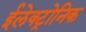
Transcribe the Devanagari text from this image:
ईलेक्ट्रोनिक